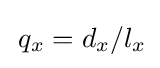
\,q_{x}=d_{x}/l_{x}